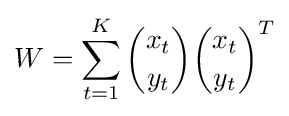
W=\sum _{t=1}^{K}{\dbinom {x_{t}}{y_{t}}}{\dbinom {x_{t}}{y_{t}}}^{T}